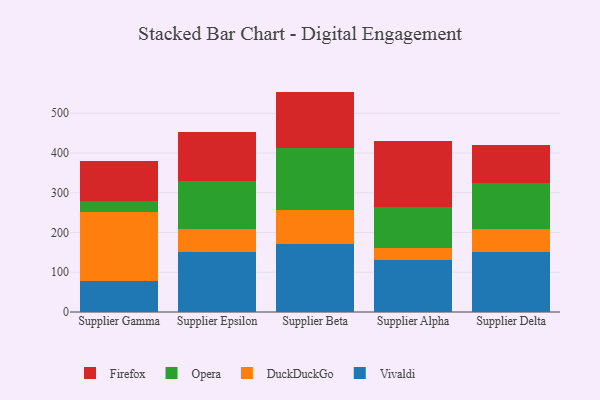
{"axis": {"x": "Supplier", "y": "Energy Usage (MWh)"}, "legend": ["DuckDuckGo", "Firefox", "Opera", "Vivaldi"], "data": [{"x": "Supplier Gamma", "y": 78.5, "type": "Vivaldi"}, {"x": "Supplier Gamma", "y": 173.9, "type": "DuckDuckGo"}, {"x": "Supplier Gamma", "y": 27.2, "type": "Opera"}, {"x": "Supplier Gamma", "y": 99.3, "type": "Firefox"}, {"x": "Supplier Epsilon", "y": 152.2, "type": "Vivaldi"}, {"x": "Supplier Epsilon", "y": 56.2, "type": "DuckDuckGo"}, {"x": "Supplier Epsilon", "y": 120.1, "type": "Opera"}, {"x": "Supplier Epsilon", "y": 124.1, "type": "Firefox"}, {"x": "Supplier Beta", "y": 170.0, "type": "Vivaldi"}, {"x": "Supplier Beta", "y": 87.7, "type": "DuckDuckGo"}, {"x": "Supplier Beta", "y": 156.0, "type": "Opera"}, {"x": "Supplier Beta", "y": 140.8, "type": "Firefox"}, {"x": "Supplier Alpha", "y": 132.0, "type": "Vivaldi"}, {"x": "Supplier Alpha", "y": 29.8, "type": "DuckDuckGo"}, {"x": "Supplier Alpha", "y": 101.3, "type": "Opera"}, {"x": "Supplier Alpha", "y": 168.0, "type": "Firefox"}, {"x": "Supplier Delta", "y": 151.7, "type": "Vivaldi"}, {"x": "Supplier Delta", "y": 58.3, "type": "DuckDuckGo"}, {"x": "Supplier Delta", "y": 113.4, "type": "Opera"}, {"x": "Supplier Delta", "y": 96.8, "type": "Firefox"}]}